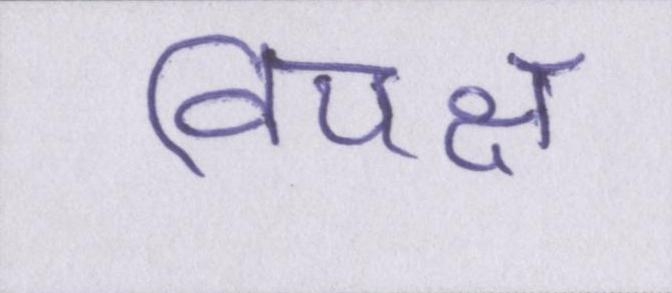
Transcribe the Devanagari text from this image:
विपक्ष